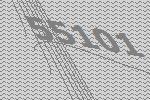
55101